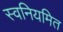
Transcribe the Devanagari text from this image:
स्वनियमित